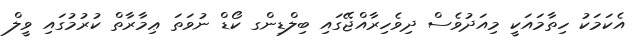
އެކަމަކު ހިތާމައަކީ މިއަދުވެސް ދިވެހިރާއްޖޭގައި ބިލްޑިންގ ކޯޑް ނުވަތަ ޢިމާރާތް ކުރުމުގައި ވީލް